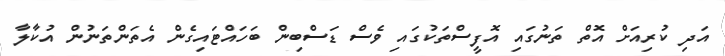
އަދި ކުރިއަށް އޮތް ތަނުގައި އޮފީސްތަކުގައި ވެސް ޑަސްބިން ބަހައްޓައިގެން އެތަންތަނުން އުކާލާ